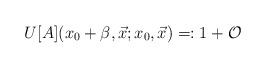
LaTeX: \begin{align*}U[A](x_0+\beta,\vec x;x_0,\vec x) =: 1 + {\cal O}\end{align*}